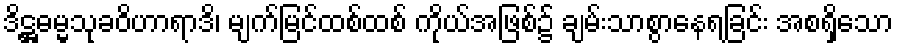
ဒိဋ္ဌဓမ္မသုခဝိဟာရာဒိ၊ မျက်မြင်ထစ်ထစ် ကိုယ်အဖြစ်၌ ချမ်းသာစွာနေရခြင်း အစရှိသော